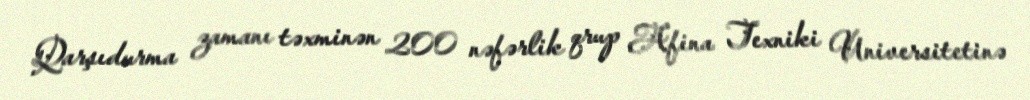
Qarşıdurma zamanı təxminən 200 nəfərlik qrup Afina Texniki Universitetinə